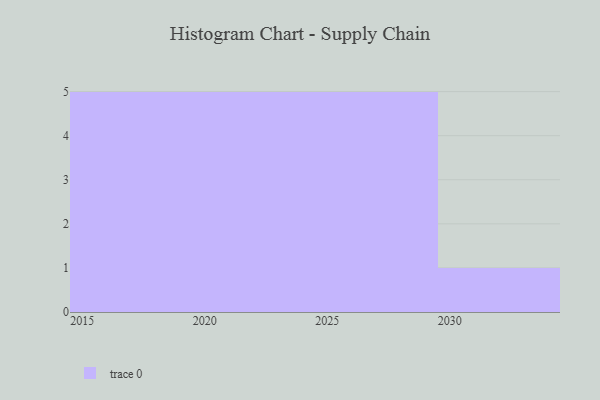
{"axis": {"x": "Year", "y": "Operating Costs (USD K)"}, "legend": [""], "data": [{"x": "2028", "y": 82, "type": ""}, {"x": "2020", "y": 30, "type": ""}, {"x": "2030", "y": 15, "type": ""}, {"x": "2017", "y": 1, "type": ""}, {"x": "2025", "y": 29, "type": ""}, {"x": "2015", "y": 36, "type": ""}, {"x": "2023", "y": 7, "type": ""}, {"x": "2018", "y": 21, "type": ""}, {"x": "2021", "y": 40, "type": ""}, {"x": "2027", "y": 5, "type": ""}, {"x": "2029", "y": 27, "type": ""}, {"x": "2026", "y": 23, "type": ""}, {"x": "2016", "y": 91, "type": ""}, {"x": "2024", "y": 2, "type": ""}, {"x": "2022", "y": 15, "type": ""}, {"x": "2019", "y": 34, "type": ""}]}